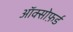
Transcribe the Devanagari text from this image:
ऑक्सोफ़र्ड